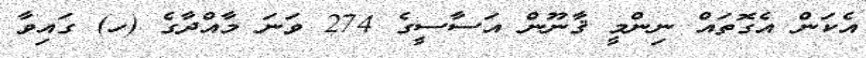
އެކަން އެގޮތައް ނިންމީ ޤާނޫން އަސާސީގެ 274 ވަނަ މާއްދާގެ (ހ) ގައިވާ